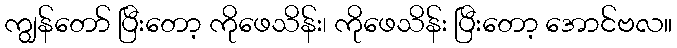
ကျွန်တော် ပြီးတော့ ကိုဖေသိန်း၊ ကိုဖေသိန်း ပြီးတော့ အောင်ဗလ။